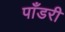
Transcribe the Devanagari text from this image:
पाँडरी